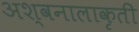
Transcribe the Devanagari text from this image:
अश्वनालाकृती